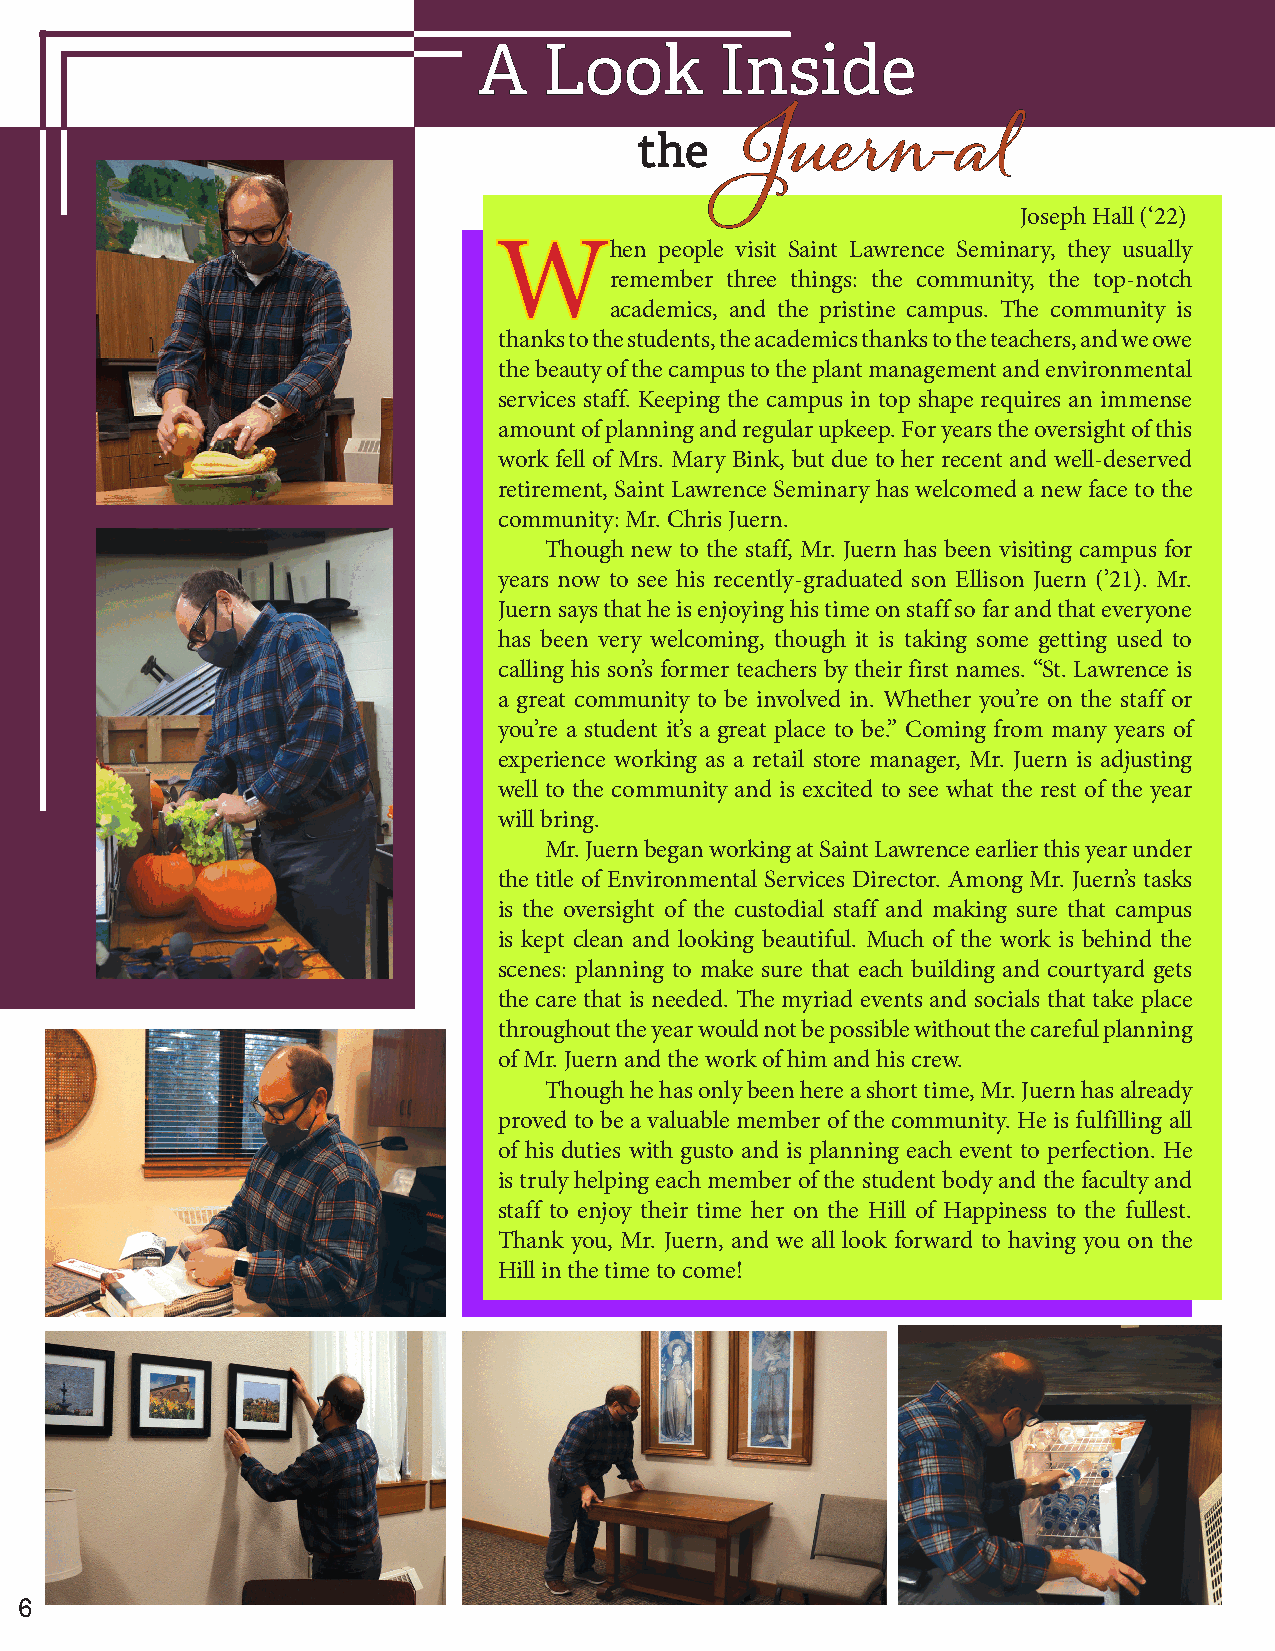
AA  LLooookk    IInnssiiddee
 tthhee
 JJuueerrnn--aall
 Joseph Hall (‘22)
 WWhen      people visit Saint Lawrence Seminary, they usually
 remember three things: the community, the top-notch
 academics, and the pristine campus. The community is
 thanks to the students, the academics thanks to the teachers, and we owe
 the beauty of the campus to the plant management and environmental
 services staff. Keeping the campus in top shape requires an immense
 amount of planning and regular upkeep. For years the oversight of this
 work fell of Mrs. Mary Bink, but due to her recent and well-deserved
 retirement, Saint Lawrence Seminary has welcomed a new face to the
 community: Mr. Chris Juern.
 Though new to the staff, Mr. Juern has been visiting campus for
 years now to see his recently-graduated son Ellison Juern (’21). Mr.
 Juern says that he is enjoying his time on staff so far and that everyone
 has been very welcoming, though it is taking some getting used to
 calling his son’s former teachers by their first names. “St. Lawrence is
 a great community to be involved in. Whether you’re on the staff or
 you’re a student it’s a great place to be.” Coming from many years of
 experience working as a retail store manager, Mr. Juern is adjusting
 well to the community and is excited to see what the rest of the year
 will bring.
 Mr. Juern began working at Saint Lawrence earlier this year under
 the title of Environmental Services Director. Among Mr. Juern’s tasks
 is the oversight of the custodial staff and making sure that campus
 is kept clean and looking beautiful. Much of the work is behind the
 scenes: planning to make sure that each building and courtyard gets
 the care that is needed. The myriad events and socials that take place
 throughout the year would not be possible without the careful planning
 of Mr. Juern and the work of him and his crew.
 Though he has only been here a short time, Mr. Juern has already
 proved to be a valuable member of the community. He is fulfilling all
 of his duties with gusto and is planning each event to perfection. He
 is truly helping each member of the student body and the faculty and
 staff to enjoy their time her on the Hill of Happiness to the fullest.
 Thank you, Mr. Juern, and we all look forward to having you on the
 Hill in the time to come!
 66